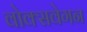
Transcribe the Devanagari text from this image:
वोक्सवेगन